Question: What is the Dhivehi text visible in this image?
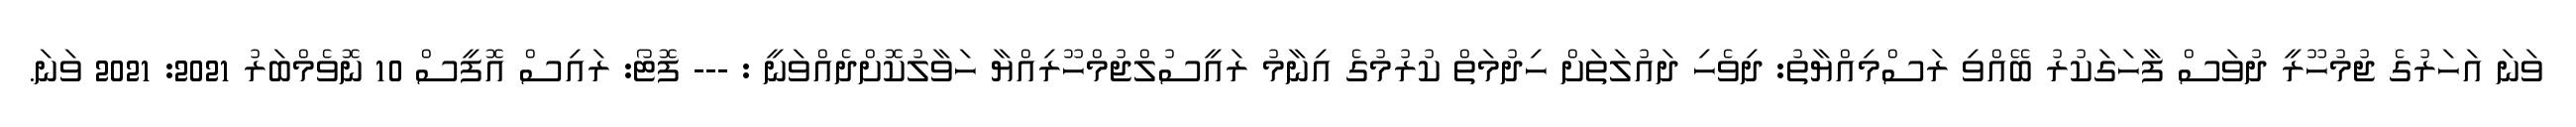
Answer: ވަނަ އަހަރުގެ ޖުމުހޫރީ ދުވަސް ފާހަގަކުރު ބޭއްވި ރަސްމިއްޔާތު: ދިވެހި ދައުލަތަށް ހިދުމަތް ކުރުމުގެ އިނާމު ރައީސުލްޖުމްހޫރިއްޔާ ހަވާލުކޮށްދެއްވަނީ : --- ފޮޓޯ: ރައިސް އޮފީސް 10 ނޮވެމްބަރު 2021: 2021 ވަނަ.